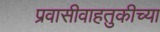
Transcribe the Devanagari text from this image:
प्रवासीवाहतुकीच्या